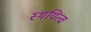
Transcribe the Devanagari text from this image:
स्थयित्व